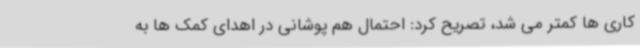
کاری ها کمتر می شد، تصریح کرد: احتمال هم پوشانی در اهدای کمک ها به